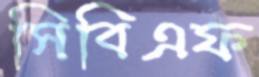
সিবিএফ